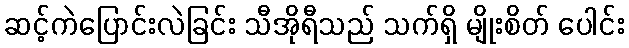
ဆင့်ကဲပြောင်းလဲခြင်း သီအိုရီသည် သက်ရှိ မျိုးစိတ် ပေါင်း